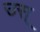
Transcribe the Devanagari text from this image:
उस्